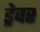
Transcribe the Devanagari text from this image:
ड्रेवर